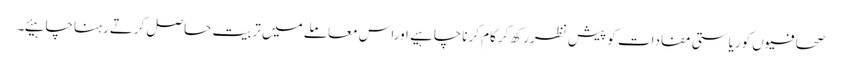
صحافیوں کوریاستی مفادات کو پیش نظررکھ کرکام کرناچاہیے اوراس معاملے میں تربیت حاصل کرتےرہناچاہیئے۔